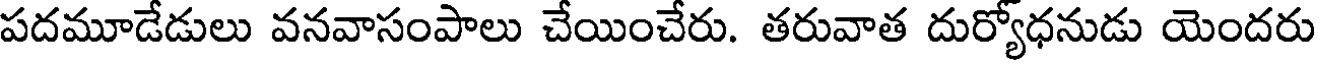
పదమూడేడులు వనవాసంపాలు చేయించేరు. తరువాత దుర్యోధనుడు యెందరు